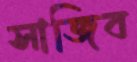
সাজিব